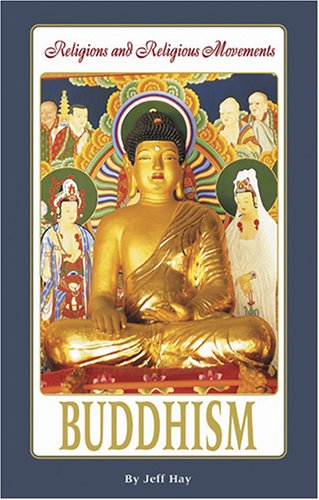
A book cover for Buddhism (Religions and Religious Movements); Jeff Hay; Teen & Young Adult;